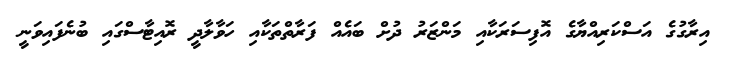
އިރާގުގެ އަސްކަރިއްޔާގެ އޮފިސަރަކާއި މަންޒަރު ދުށް ބައެއް ފަރާތްތަކާއި ހަވާލާދީ ރޮއިޓާސްގައި ބުނެފައިވަނީ